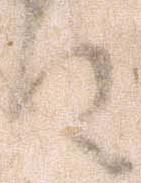
件